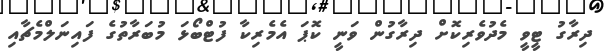
ދިރާގު ޓީވީ މެދުވެރިކޮށް ދިރާގުން ވަނީ ކޮޕަ އެމެރިކާ ފުޓްބޯޅަ މުބަރާތުގެ ފައިނަލްމެޗާއި